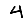
Digit: 4